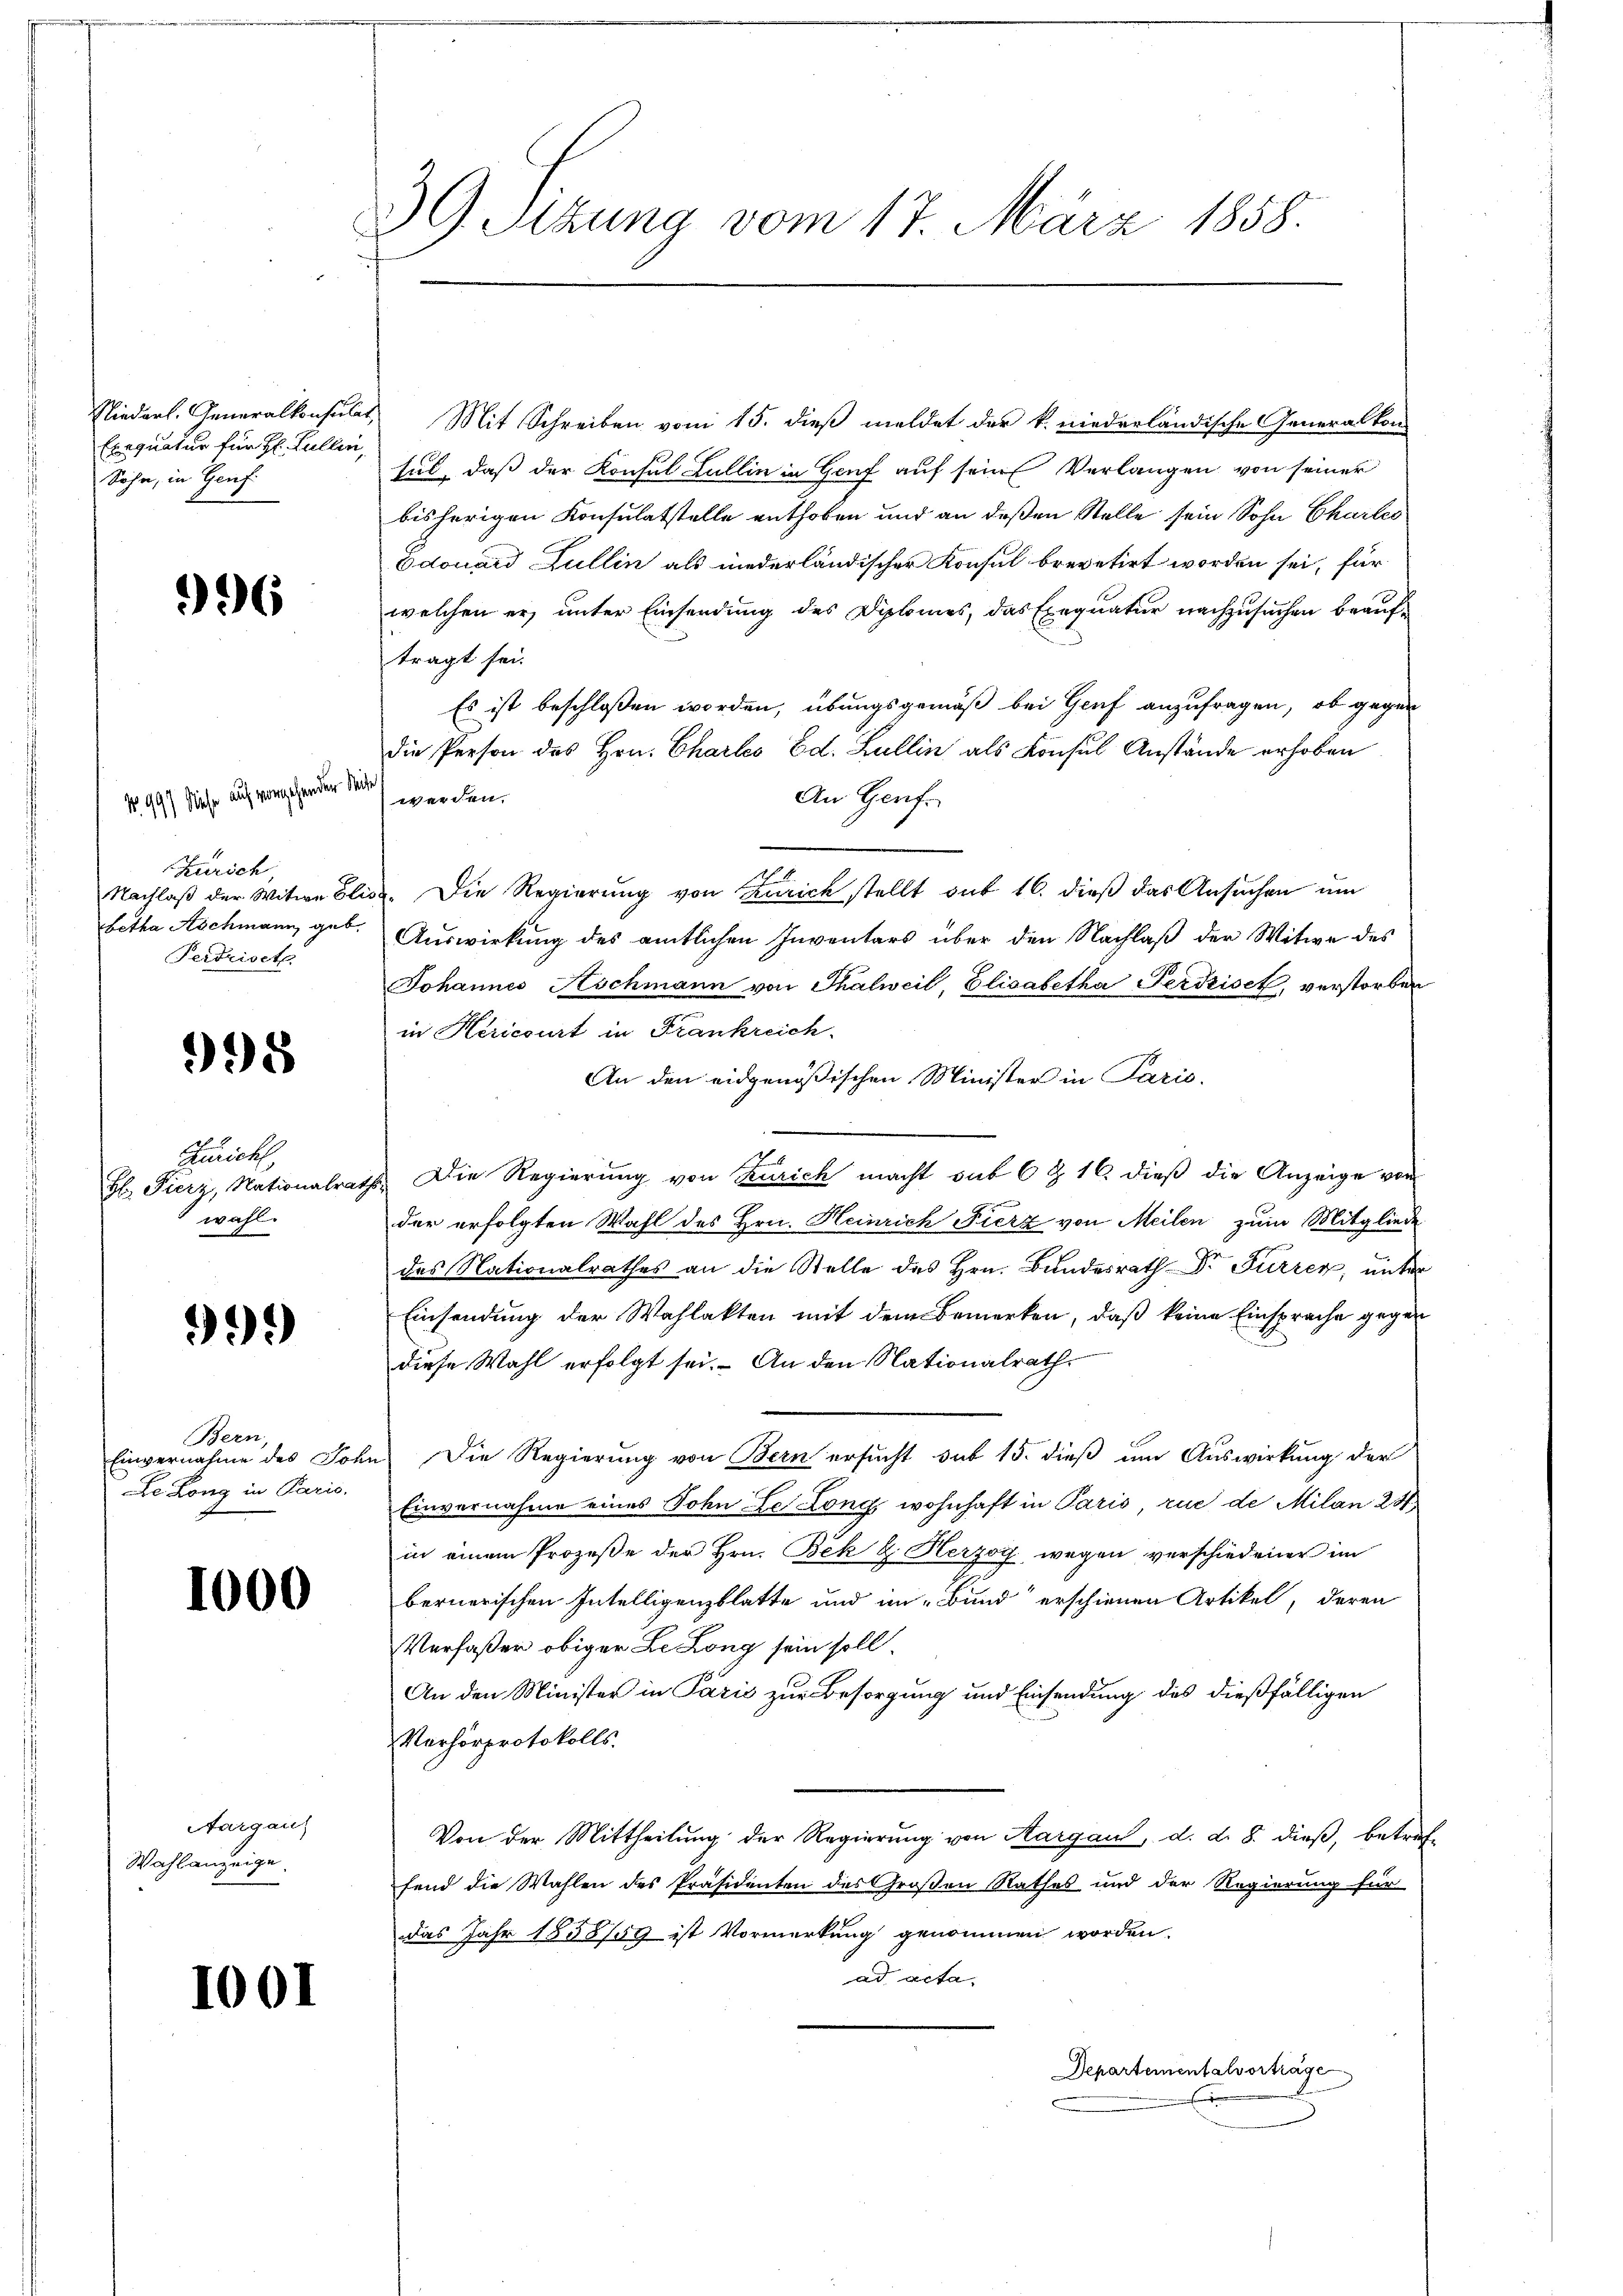
Niederl. Generalkonsula
Exequatur für Hr. Fullen,
Sohn, in Genf

996

No 99) Siehe auf vorgehenden dei
Kursch
Nachlaß der Witwe Elis
betha Aschmann geb.
Ferdrisetz

998

Züricht,
Hr. Fierz, Nationalrat
wahl.

91)

Bern,
Einvernahme des Johr
De Long in Paris.

1000

Aargau
Wahlanzeige.

1001

39 Sizung vom 17. März 1858.

Mit Schreiben vom 15. dieß meldet der k. niedreländische Generalkon-
sul, daß der Konsul Lullin in Genf auf sein Verlangen von seiner
bisherigen Konsulatstelle enthoben und an deßen Stelle sein Sohn Charles
Odouard Gullin als niederländischer Konsul brevetirt worden sei, für
welchen er, unter Einsendung des Diplomes, das Exequatur nachzusuchen beauftragt sei.
Es ist beschloßen worden, übungsgemäß bei Genf anzufragen, ob gegen
die Person des Hrn. Chartes Ed. Zullin als Konsul Anstände erhoben
werden.
An Genf.
Die Regierung von Zürich stellt sub 16. dieß das Ansuchen um
4
Auswirkung des amtlichen Inventars über den Nachlaß der Witwe des
Johannes Hochmann von Thalweil, Elisabetha Ferdriset, verstorben
in Hericourt in Frankreich
An den eidgenößischen Minister in Paris.
 Die Regierung von Zürich macht sub 6 Z. 16. dieß die Anzeige von
der erfolgten Wahl des Hrn. Heinrich Fierz von Meilen zum Mitgliede
des Nationalrathes an die Stelle des Hrn. Bundesrath Dr Furren, unter
Einsendung der Wahlakten mit dem Bemerken, daß keine Einsprache gegen
diese Wahl erfolgt sei. An den Nationalrath
Die Regierung von Bern ersucht sub 15. dieß um Auswirkung der
Einvernahme eines Sohn Le Long wohnhaft in Paris, rue de Milan 241,
in einem Prozeße der Hrn. Bek & Herzog wegen verschiedener im
bernerischen Intelligenzblatte und in Bund“ erschienen Artikel, deren
Verfaßer obiger LeLong sein soll.
An den Minister in Paris zur Besorgung und Einsendung des dießfälligen
Verhörprotokolls.
Von der Mittheilung der Regierŭng von Aargau, d. d. 8. dieß, betref-
fend die Wahlen des Präsidenten des Großen Rathes und der Regierung für
das Jahr 1858/59 ist Vormerkung genommen worden.
ad acta
Departementalvortrage